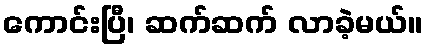
ကောင်းပြီ၊ ဆက်ဆက် လာခဲ့မယ်။